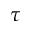
\tau